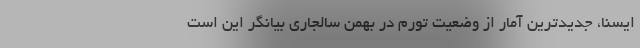
ایسنا، جدیدترین آمار از وضعیت تورم در بهمن سالجاری بیانگر این است